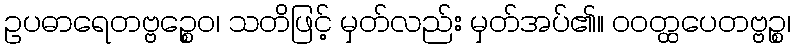
ဥပဓာရေတဗ္ဗဉ္စေဝ၊ သတိဖြင့် မှတ်လည်း မှတ်အပ်၏။ ဝဝတ္ထပေတဗ္ဗဉ္စ၊